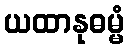
ယထာနုဓမ္မံ